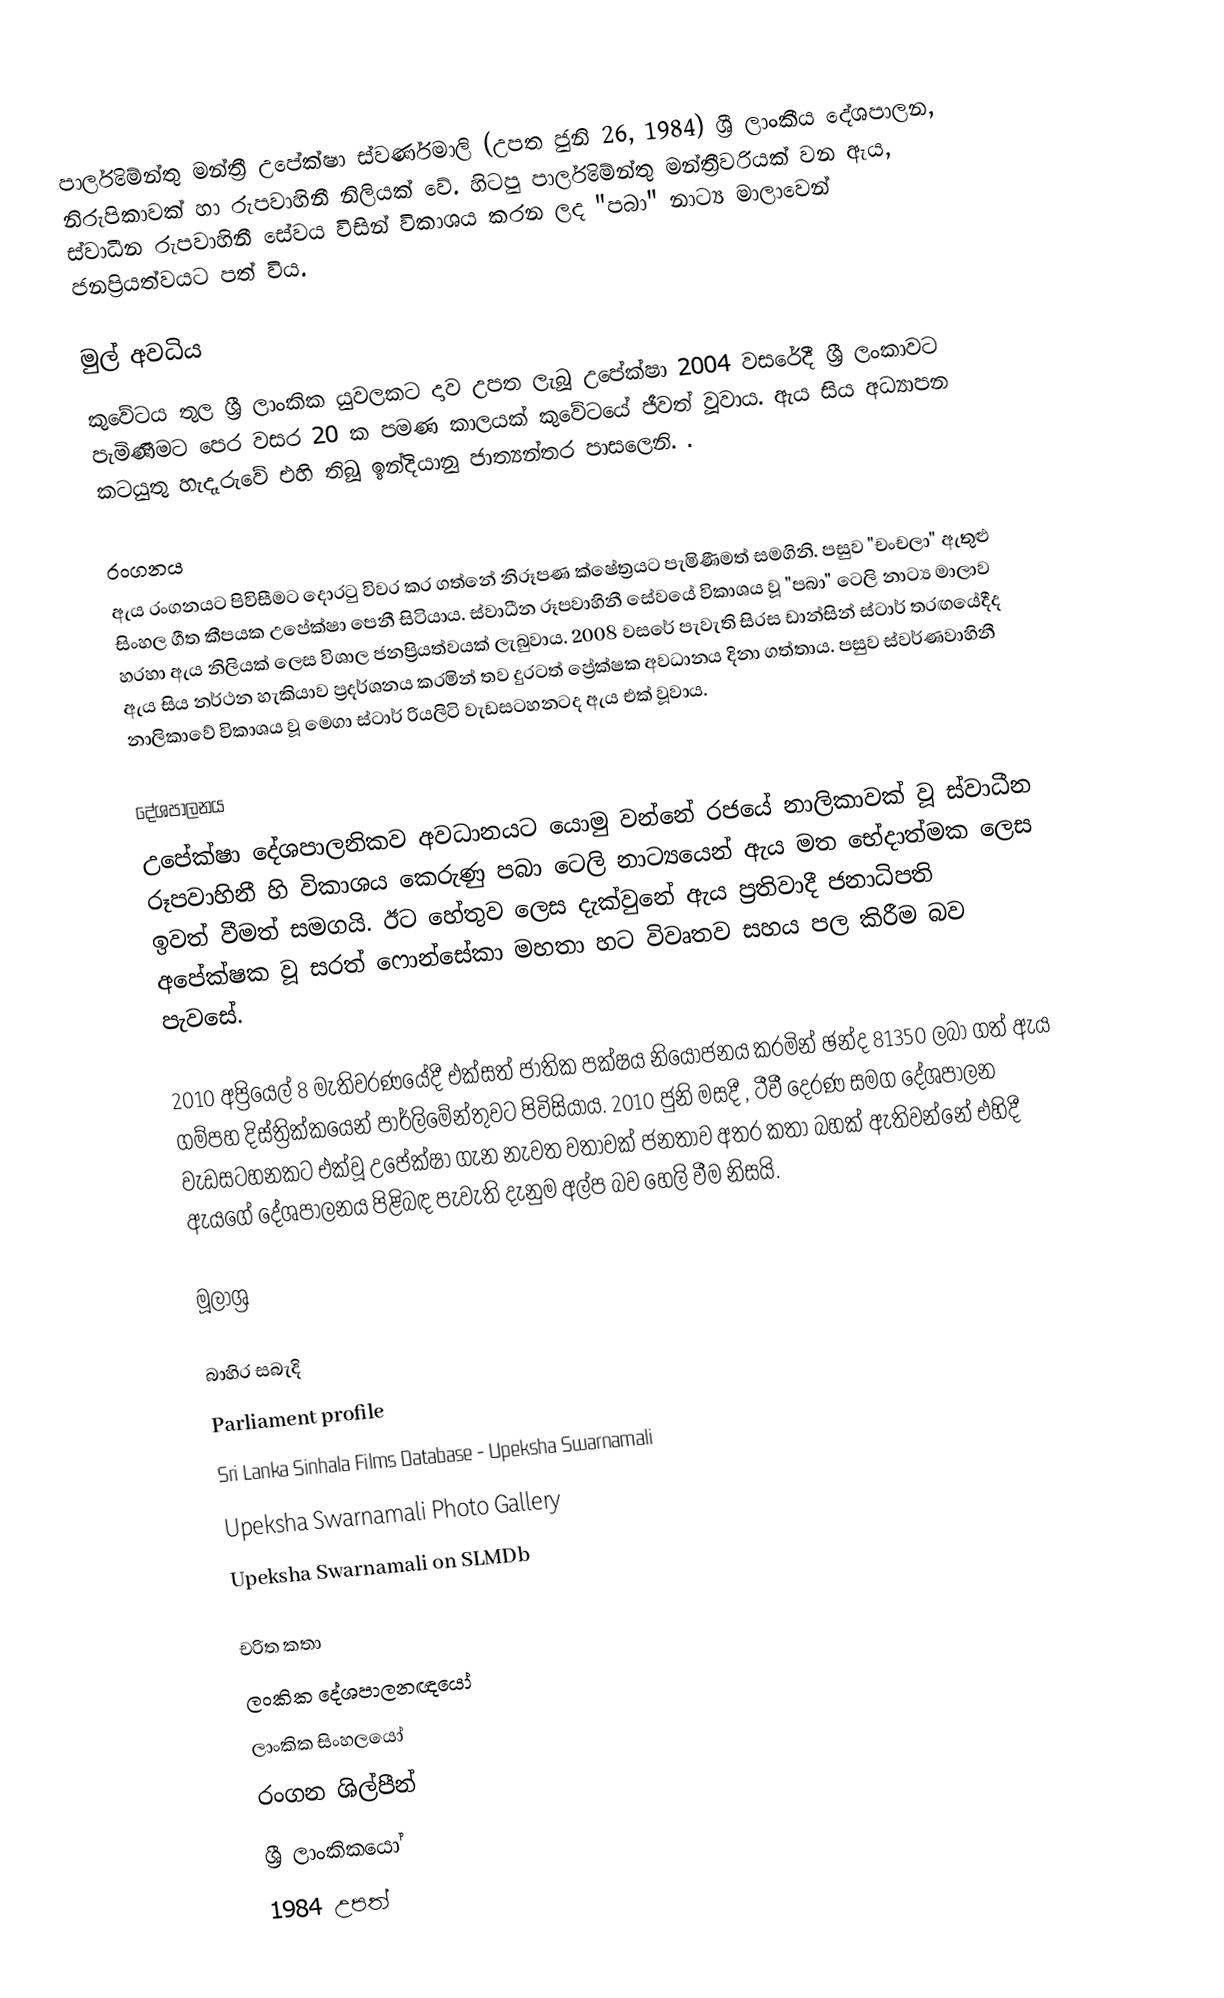
පාර්ලිමේන්තු මන්ත්‍රී උපේක්ෂා ස්වර්ණමාලි (උපත ජුනි 26, 1984) ශ්‍රී ලාංකීය දේශපාලන, නිරුපිකාවක් හා රුපවාහිනී නිලියක් වේ. හිටපු පාර්ලිමේන්තු මන්ත්‍රීවරියක් වන ඇය, ස්වාධීන රුපවාහිනී සේවය විසින් විකාශය කරන ලද "පබා" නාට්‍ය මාලාවෙන් ජනප්‍රියත්වයට පත් විය.

මුල් අවධිය
කුවේටය තුල ශ්‍රී ලාංකික යුවලකට දාව උපත ලැබූ උපේක්ෂා 2004 වසරේදී ශ්‍රී ලංකාවට පැමිණීමට පෙර වසර 20 ක පමණ කාලයක් කුවේටයේ ජීවත් වූවාය. ඇය සිය අධ්‍යාපන කටයුතු හැදෑරුවේ එහි තිබූ ඉන්දියානු ජාත්‍යන්තර පාසලෙනි. .

රංගනය
ඇය රංගනයට පිවිසීමට දොරටු විවර කර ගත්නේ නිරූපණ ක්ෂේත්‍රයට පැමිණීමත් සමගිනි. පසුව "චංචලා" ඇතුළු සිංහල ගීත කීපයක උපේක්ෂා පෙනී සිටියාය. ස්වාධීන රූපවාහිනී සේවයේ විකාශය වූ "පබා" ටෙලි නාට්‍ය මාලාව හරහා ඇය නිලියක් ලෙස විශාල ජනප්‍රියත්වයක් ලැබුවාය. 2008 වසරේ පැවැති සිරස ඩාන්සින් ස්ටාර් තරඟයේදීද ඇය සිය නර්ථන හැකියාව ප්‍රදර්ශනය කරමින් තව දුරටත් ප්‍රේක්ෂක අවධානය දිනා ගත්තාය. පසුව ස්වර්ණවාහිනී නාලිකාවේ විකාශය වූ මෙගා ස්ටාර් රියලිටි වැඩසටහනටද ඇය එක් වූවාය.

දේශපාලනය
උපේක්ෂා දේශපාලනිකව අවධානයට යොමු වන්නේ රජයේ නාලිකාවක් වූ ස්වාධීන රූපවාහිනී හි විකාශය කෙරුණු පබා ටෙලි නාට්‍යයෙන් ඇය මත භේදාත්මක ලෙස ඉවත් වීමත් සමගයි. ඊට හේතුව ලෙස දැක්වුනේ ඇය ප්‍රතිවාදී ජනාධිපති අපේක්ෂක වූ සරත් ෆොන්සේකා මහතා හට විවෘතව සහය පල කිරීම බව පැවසේ.

2010 අප්‍රියෙල් 8 මැතිවරණයේදී එක්සත් ජාතික පක්ෂය නියෝජනය කරමින් ඡන්ද 81350 ලබා ගත් ඇය ගම්පහ දිස්ත්‍රික්කයෙන් පාර්ලිමේන්තුවට පිවිසියාය. 2010 ජුනි මසදී , ටීවී දෙරණ සමග දේශපාලන වැඩසටහනකට එක්වූ උපේක්ෂා ගැන නැවත වතාවක් ජනතාව අතර කතා බහක් ඇතිවන්නේ එහිදී ඇයගේ දේශපාලනය පිළිබඳ පැවැති දැනුම අල්ප බව හෙලි වීම නිසයි.

මූලාශ්‍ර

බාහිර සබැදි
Parliament profile
Sri Lanka Sinhala Films Database - Upeksha Swarnamali
Upeksha Swarnamali Photo Gallery
Upeksha Swarnamali on SLMDb

චරිත කතා
ලංකික දේශපාලනඥයෝ
ලාංකික සිංහලයෝ
රංගන ශිල්පීන්
ශ්‍රී ලාංකිකයෝ
1984 උපත්